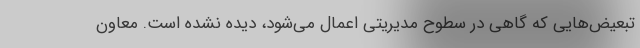
تبعیض‌هایی که گاهی در سطوح مدیریتی اعمال می‌شود، دیده نشده است. معاون